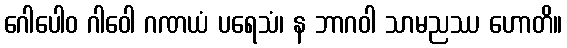
ဂေါပေါဝ ဂါဝေါ ဂဏယံ ပရေသံ၊ န ဘာဂဝါ သာမညဿ ဟောတိ။